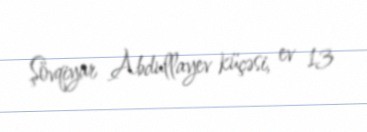
Şövqiyar Abdullayev küçəsi, ev 13